Civil Veterinary Department. Madras. Admin. report 1926-33 - 1926-1933
Year: 1926
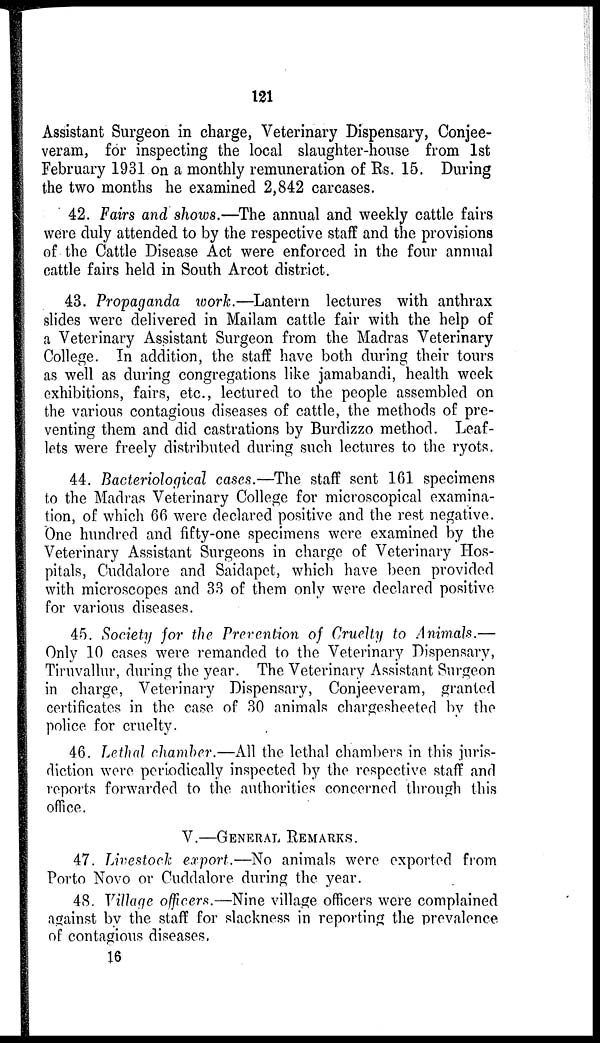
121
Assistant Surgeon in charge, Veterinary Dispensary, Conjee-
veram, for inspecting the local slaughter-house from 1st
February 1931 on a monthly remuneration of Rs. 15. During
the two months he examined 2,842 carcases.
42. Fairs and shows.—The annual and weekly cattle fairs
were duly attended to by the respective staff and the provisions
of the Cattle Disease Act were enforced in the four annual
cattle fairs held in South Arcot district.
43. Propaganda work.—Lantern lectures with anthrax
slides were delivered in Mailam cattle fair with the help of
a Veterinary Assistant Surgeon from the Madras Veterinary
College. In addition, the staff have both during their tours
as well as during congregations like jamabandi, health week
exhibitions, fairs, etc., lectured to the people assembled on
the various contagious diseases of cattle, the methods of pre-
venting them and did castrations by Burdizzo method. Leaf-
lets were freely distributed during such lectures to the ryots.
44. Bacteriological cases.—The staff sent 161 specimens
to the Madras Veterinary College for microscopical examina-
tion, of which 66 were declared positive and the rest negative.
One hundred and fifty-one specimens were examined by the
Veterinary Assistant Surgeons in charge of Veterinary Hos-
pitals, Cuddalore and Saidapet, which have been provided
with microscopes and 33 of them only were declared positive
for various diseases.
45. Society for the Prevention of Cruelty to Animals.—
Only 10 cases were remanded to the Veterinary Dispensary,
Tiruvallur, during the year. The Veterinary Assistant Surgeon
in charge, Veterinary Dispensary, Conjeeveram, granted
certificates in the case of 30 animals chargesheeted by the
police for cruelty.
46. Lethal chamber.—All the lethal chambers in this juris-
diction were periodically inspected by the respective staff and
reports forwarded to the authorities concerned through this
office.
V.—GENERAL REMARKS.
47. Livestock export.—No animals were exported from
Porto Novo or Cuddalore during the year.
48. Village officers.—Nine village officers were complained
against by the staff for slackness in reporting the prevalence
of contagious diseases.
16